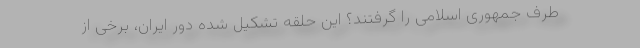
طرف جمهوری اسلامی را گرفتند؟ این حلقه تشکیل شده دور ایران، برخی از